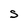
Character: S